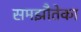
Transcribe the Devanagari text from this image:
समझौतेका